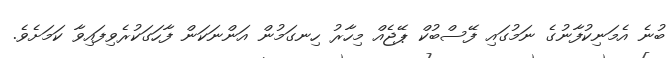
ބުނެ އެމަނިކުފާނުގެ ނަމުގައި ފޭސްބުކް ޕޭޖެއް މިހާރު ހިނގަމުން އަންނަކަން ފާހަގަކުރެވިފައިވާ ކަމަށެވެ.